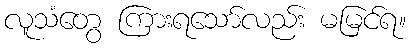
လူသံတွေ ကြားရသော်လည်း မမြင်ရ။